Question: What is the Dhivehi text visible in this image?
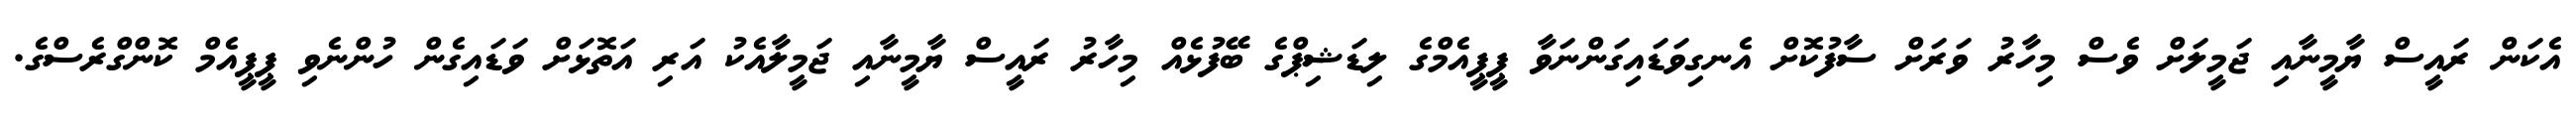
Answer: އެކަން ރައީސް ޔާމީނާއި ޖަމީލަށް ވެސް މިހާރު ވަރަށް ސާފުކޮށް އެނގިވަޑައިގަންނަވާ ޕީޕީއެމްގެ ލިޑަޝިޕްގެ ބޭފުޅެއް މިހާރު ރައީސް ޔާމީނާއި ޖަމީލާއެކު އަރި އަތޮޅަށް ވަޑައިގެން ހުންނެވި ޕީޕީއެމް ކޮންގްރެސްގެ.